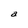
Character: a